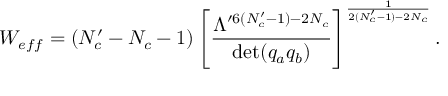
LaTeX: W _ { e f f } = ( N _ { c } ^ { \prime } - N _ { c } - 1 ) \left[ \frac { \Lambda ^ { \prime 6 ( N _ { c } ^ { \prime } - 1 ) - 2 N _ { c } } } { \operatorname * { d e t } ( q _ { a } q _ { b } ) } \right] ^ { \frac { 1 } { 2 ( N _ { c } ^ { \prime } - 1 ) - 2 N _ { c } } } .